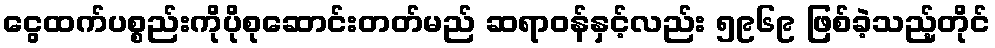
ငွေထက်ပစ္စည်းကိုပိုစုဆောင်းတတ်မည် ဆရာဝန်နှင့်လည်း ၅၉၆၉ ဖြစ်ခဲ့သည့်တိုင်